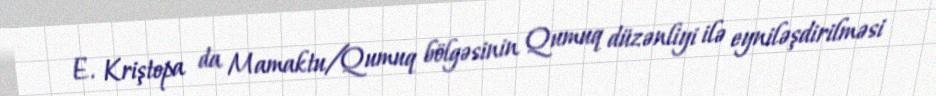
E. Kriştopa da Mamaktu/Qumuq bölgəsinin Qumuq düzənliyi ilə eyniləşdirilməsi